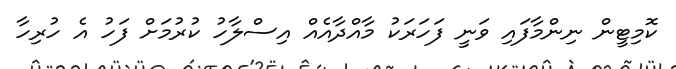
ކޮމިޓީން ނިންމާފައި ވަނީ ފަހަރަކު މާއްދާއެއް އިސްލާހު ކުރުމަށް ފަހު އެ ހުރިހާ